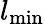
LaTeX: l_{\mathrm{min}}